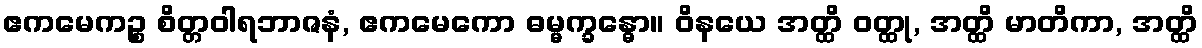
ဧကမေကဉ္စ စိတ္တဝါရဘာဇနံ, ဧကမေကော ဓမ္မက္ခန္ဓော။ ဝိနယေ အတ္ထိ ဝတ္ထု, အတ္ထိ မာတိကာ, အတ္ထိ